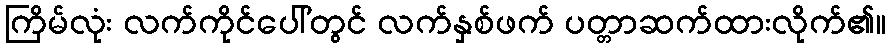
ကြိမ်လုံး လက်ကိုင်ပေါ်တွင် လက်နှစ်ဖက် ပတ္တာဆက်ထားလိုက်၏။